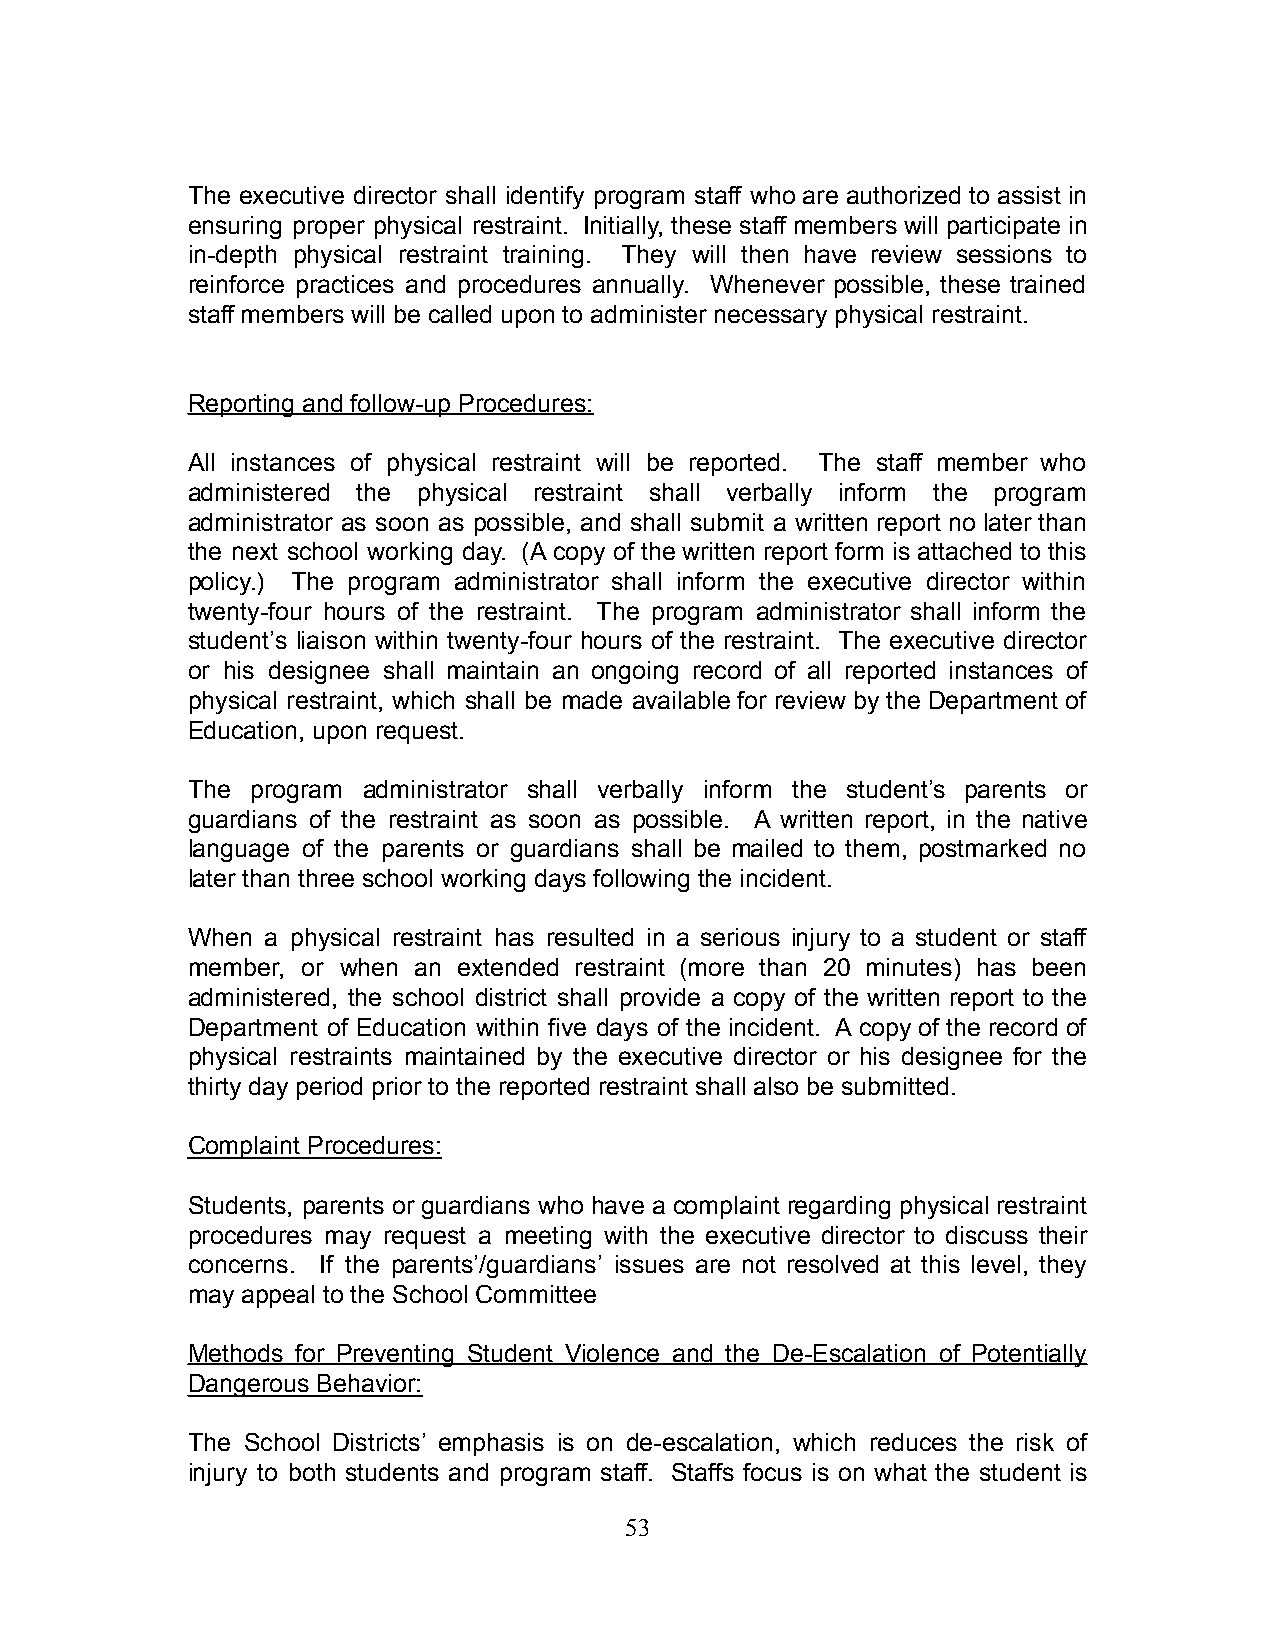
The executive director shall identify program staff who are authorized to assist in
 ensuring proper physical restraint. Initially, these staff members will participate in
 in-depth physical restraint training. They will then have review sessions to
 reinforce practices and procedures annually. Whenever possible, these trained
 staff members will be called upon to administer necessary physical restraint.
 Reporting and follow-up Procedures:
 All instances of physical restraint will be reported. The staff member who
 administered the physical restraint shall verbally inform the program
 administrator as soon as possible, and shall submit a written report no later than
 the next school working day. (A copy of the written report form is attached to this
 policy.) The program administrator shall inform the executive director within
 twenty-four hours of the restraint. The program administrator shall inform the
 student’s liaison within twenty-four hours of the restraint. The executive director
 or his designee shall maintain an ongoing record of all reported instances of
 physical restraint, which shall be made available for review by the Department of
 Education, upon request.
 The  program administrator shall verbally inform the student’s parents or
 guardians of the restraint as soon as possible. A written report, in the native
 language of the parents or guardians shall be mailed to them, postmarked no
 later than three school working days following the incident.
 When  a physical restraint has resulted in a serious injury to a student or staff
 member, or when an extended restraint (more than 20 minutes) has been
 administered, the school district shall provide a copy of the written report to the
 Department of Education within five days of the incident. A copy of the record of
 physical restraints maintained by the executive director or his designee for the
 thirty day period prior to the reported restraint shall also be submitted.
 Complaint Procedures:
 Students, parents or guardians who have a complaint regarding physical restraint
 procedures may request a meeting with the executive director to discuss their
 concerns. If the parents’/guardians’ issues are not resolved at this level, they
 may appeal to the School Committee
 Methods for Preventing Student Violence and the De-Escalation of Potentially
 Dangerous Behavior:
 The School Districts’ emphasis is on de-escalation, which reduces the risk of
 injury to both students and program staff. Staffs focus is on what the student is
 53